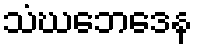
သံဃဘေဒေန